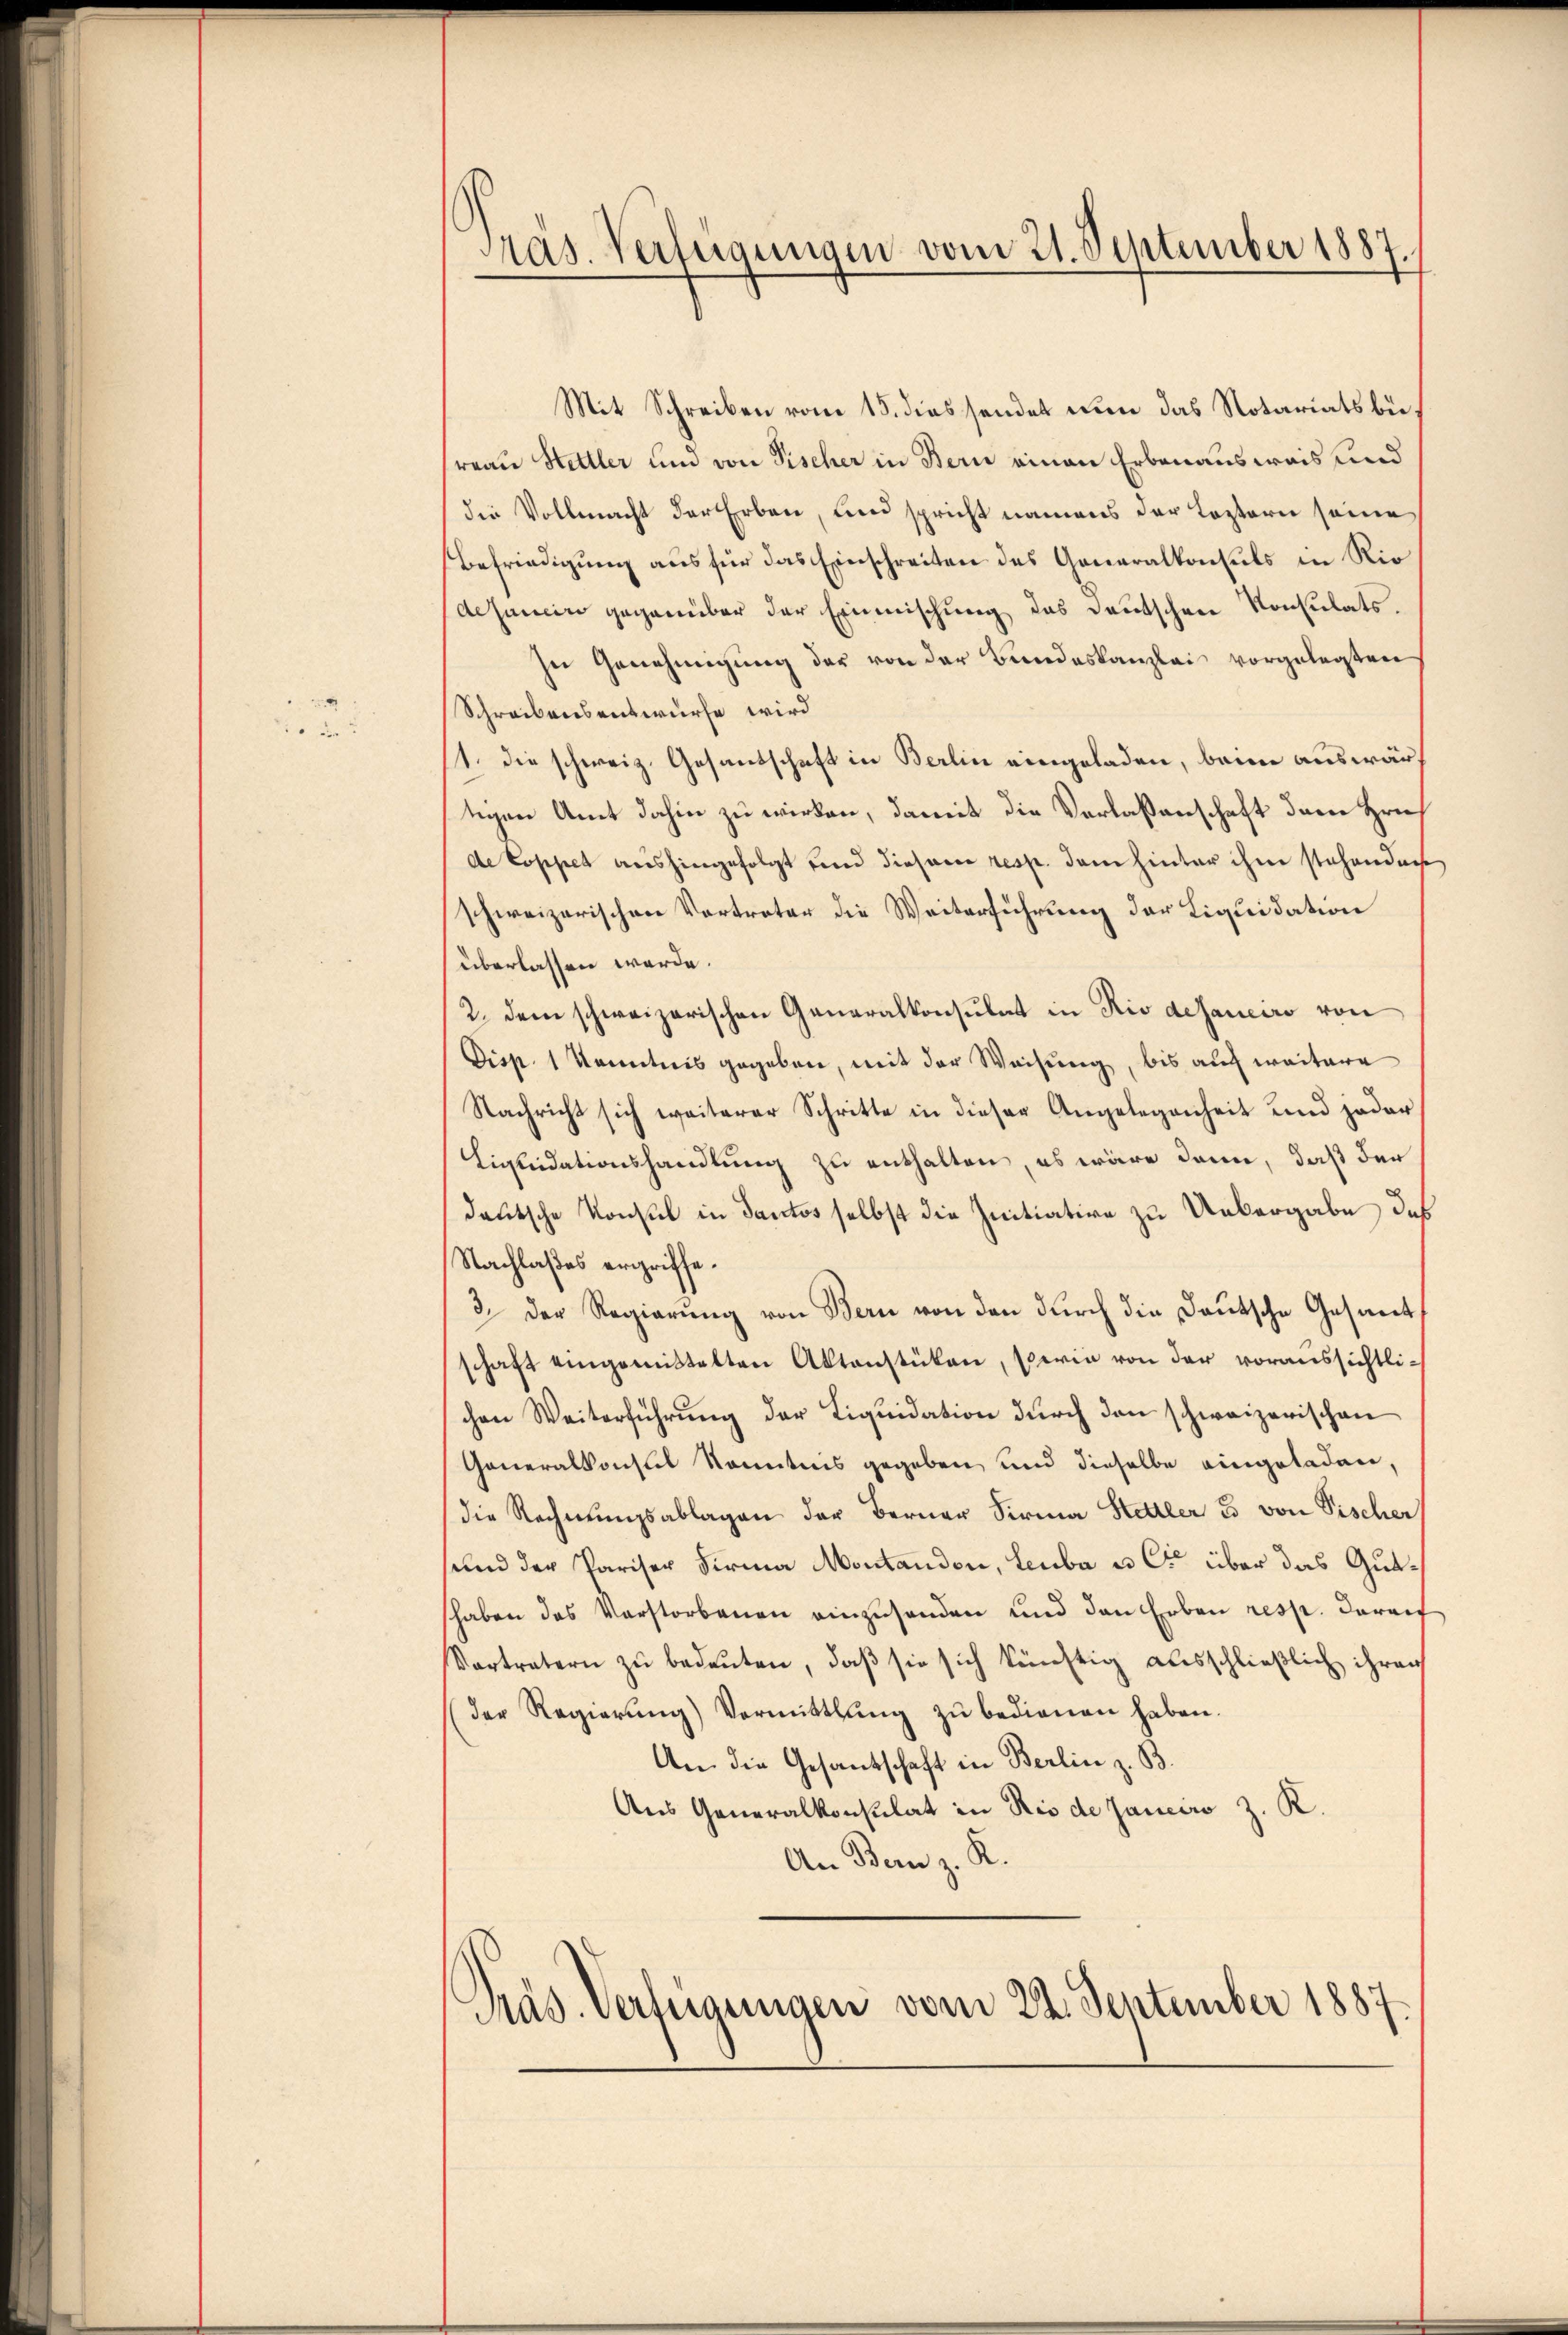
Präs. Verfügungen vom 21. September 1887.

Mit Schreiben vom 15. diessendet nun das Notariatsbereau Hettler und von Pischer in Bern einen Erbenausweis und
die Vollmacht der Erben, und spricht namens der Leztern seine
Befriedigung aus für das Einschreiten des Generalkonsuls in Rio
dejancir gegenüber der Einmischung das Deutschen Konsulats.
In Genehmigung der von der Bundeskanzlei vorgelegten
Schreibensentwurfe wird
11. die schweiz. Gesandschaft in Berlin eingeladen, beim auswärtigen Amt dahin zu wirken, damit die Verlassenschaft dem Hrn
de Coppet aushingefolgt und diesene resp. dem hinter ihm stehenden
schweizerischen Vertreter die Weiterführung der Liquidation
überlassen werde.
2. dem schweizerischen Generalkonsulat in Rio desaneiro von
Disp. 1 Kenntnis gegeben, mit der Weisung, bis auch weitere
Nachricht sich weiterer Schritte in dieser Angelegenheit und jeder
Liquidationshandlung zu enthalten, es wäre dann, daß der
deutsche Konsul in Tantos selbst die Initiative zu Uebergabe des
Nachlaßes ergriffe.
3. Der Regierung von Bern von den durch die Deutsche Gesamt
schaft eingemittelten Aktenstüken, serin von der voraussichtlichen Weiterführŭng der Liquidation durch den schweizerischen
Generalkonsul Kenntnis gegeben und dieselbe eingeladen,
die Rechnŭngsablagen der Berner Firma Stettler 3 von Fischer
seien der Pariser Firma Montandon, Leuba u Co über das Gutshaben das Verstorbenen einzŭsenden und den Erben resp. darauf
Vortretern zu bedeuten, daß sie sich künftig ausschließlich ihren
der Regierŭng Vormittlung zŭ bedienen haben.
An die Gesantschaft in Berlin z. B.
Aus Generalkonsulat in Rio de Janeiro z. R.
An Bern z. K.
Präs. Verfügungen vom 22. September 1887.